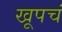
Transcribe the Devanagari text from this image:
खूपचं